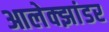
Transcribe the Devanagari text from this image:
आलेक्झांडर